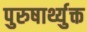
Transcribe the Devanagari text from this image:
पुरुषार्थ्युक्त